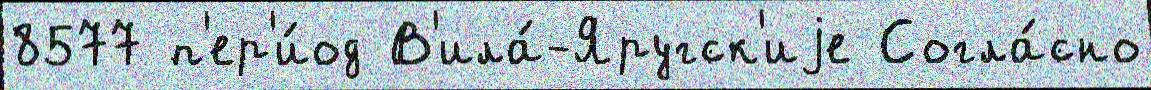
8577 п'ер'и́од В'ила́-Яругск'иjе Согла́сно